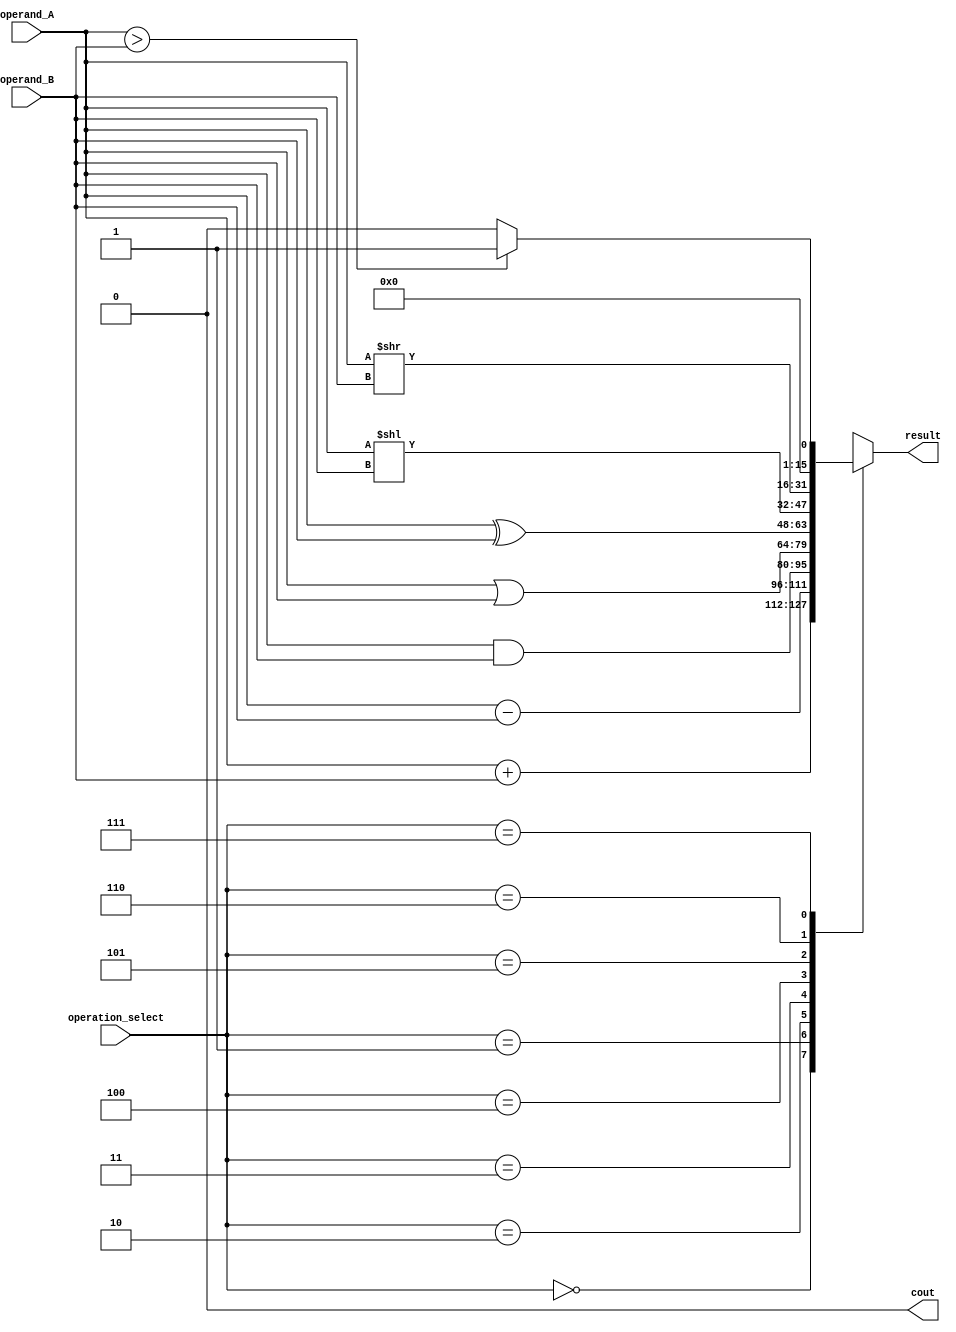
module ALU(input [15:0] operand_A, operand_B,
           input [2:0] operation_select,
           output [15:0] result,
           output cout);

   reg [15:0] result;
   reg cout;

   always @ (*) begin
      case(operation_select)
         3'b000: result = operand_A + operand_B; // ADD
         3'b001: result = operand_A - operand_B; // SUB
         3'b010: result = operand_A & operand_B; // AND
         3'b011: result = operand_A | operand_B; // OR
         3'b100: result = operand_A ^ operand_B; // XOR
         3'b101: result = operand_A << operand_B; // Shift Left
         3'b110: result = operand_A >> operand_B; // Shift Right
         3'b111: begin
                   if(operand_A > operand_B)
                      result = 16'h0001;
                   else
                      result = 16'h0000; // Comparison
                   end
      endcase

      if(operation_select == 3'b000 || operation_select == 3'b001) begin
         if(result[16] == 1)
            cout = 1;
         else
            cout = 0; // Carry out for ADD and SUB operations
      end
      else
         cout = 0;
   end

endmodule